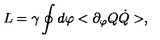
L = \gamma \oint d \varphi < \partial _ { \varphi } Q \dot { Q } > ,